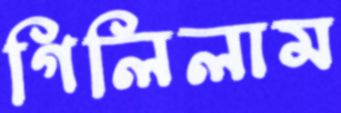
গিলিলাম